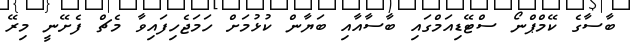
ބާސާގެ ކޭމްޕްނޯ ސްޓޭޑިއަމްގައި ބާސާއާއި ބަޔާން ކުޅުމަށް ހަމަޖެހިފައިވާ މެޗް ފެށޭނީ މިރޭ